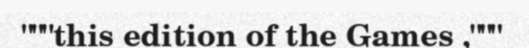
"""this edition of the Games ,"""